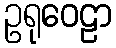
ဥရုဝေဠာ